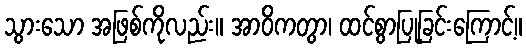
သွားသော အဖြစ်ကိုလည်း။ အာဝိကတွာ၊ ထင်စွာပြုခြင်းကြောင့်။